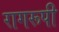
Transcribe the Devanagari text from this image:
रागरूपी